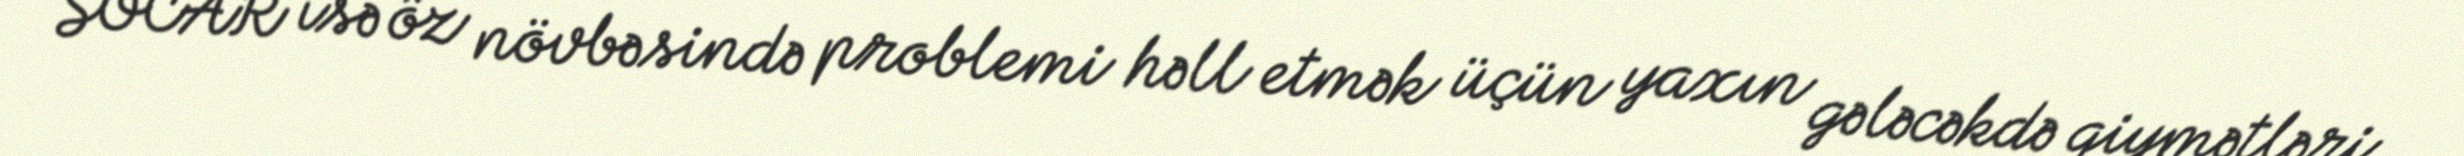
SOCAR isə öz növbəsində problemi həll etmək üçün yaxın gələcəkdə qiymətləri